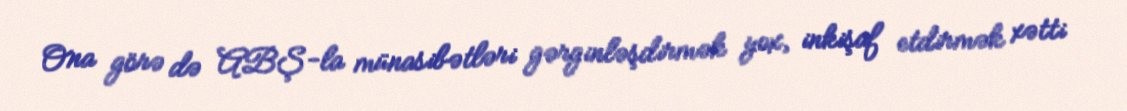
Ona görə də ABŞ-la münasibətləri gərginləşdirmək yox, inkişaf etdirmək xətti